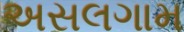
અસલગામ